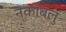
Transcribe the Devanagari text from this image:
नकोबलु